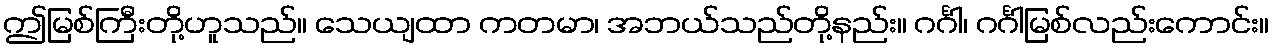
ဤမြစ်ကြီးတို့ဟူသည်။ သေယျထာ ကတမာ၊ အဘယ်သည်တို့နည်း။ ဂင်္ဂါ၊ ဂင်္ဂါမြစ်လည်းကောင်း။